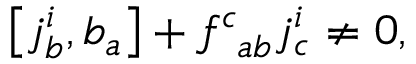
\left[ j _ { b } ^ { i } , b _ { a } \right] + f _ { \; \; a b } ^ { c } j _ { c } ^ { i } \neq 0 ,